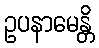
ဥပနာမေန္တိ